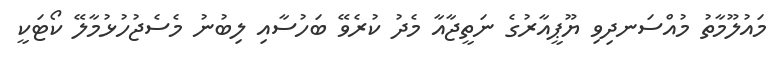
މައުލޫމާތު މުއްސަނދިވި ޔޫޕީއާރުގެ ނަތީޖާއާ މެދު ކުރެވޭ ބަހުސާއި ލިބުނު މެސެޖުހުޅުމާލޭ ކޯޓަކީ